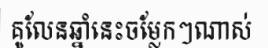
គូលែនឆ្នាំនេះចម្លែកៗណាស់